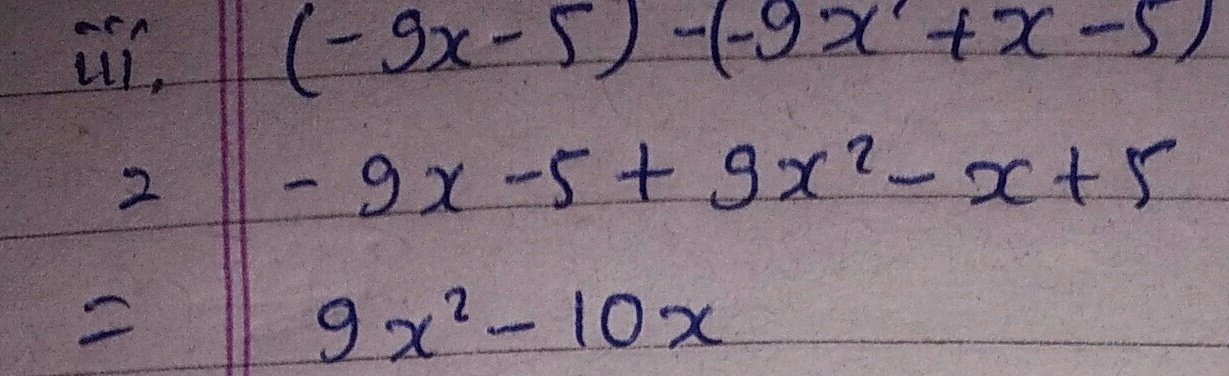
\[
\begin{align*}
&(-9x - 5)-(-9x^{2}+x - 5)\\
=&-9x - 5 + 9x^{2}-x + 5\\
=&9x^{2}-10x
\end{align*}
\]